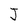
Character: J